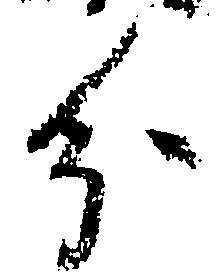
分